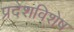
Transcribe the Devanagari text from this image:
प्रदेशविशेष